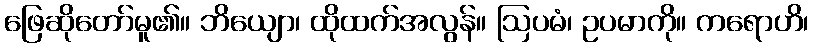
ဖြေဆိုတော်မူ၏။ ဘိယျော၊ ထိုထက်အလွန်။ ဩပမံ၊ ဥပမာကို။ ကရောဟိ၊